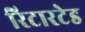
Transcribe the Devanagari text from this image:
रिटारटेड